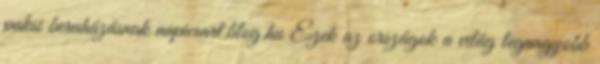
paksi beruházásnak napicsart.blog.hu Ezek az országok a világ legnagyobb